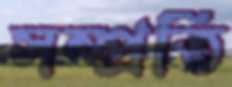
সম্প্রতি